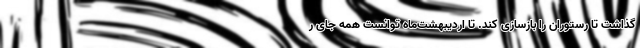
گذاشت تا رستوران را بازسازی کند. تا اردیبهشت‌ماه توانست همه جای ر